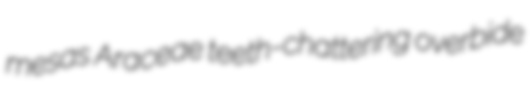
mesas Araceae teeth-chattering overbide